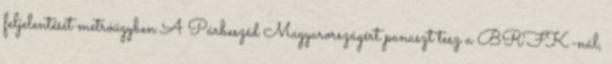
feljelentését metróügyben A Párbeszéd Magyarországért panaszt tesz a BRFK-nál,